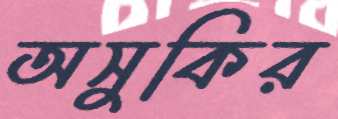
অসুকির